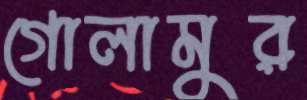
গোলামুর